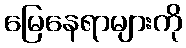
မြေနေရာများကို